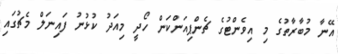
އޭނާ މުބާރާތުގެ މި އިވެންޓުގެ ޗެންޕިއަންކަން ހޯދީ މިއަދު ކުޅުނު ފައިނަލް މެޗުގައި